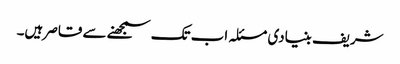
شریف بنیادی مسئلہ اب تک سمجھنے سے قاصر ہیں۔